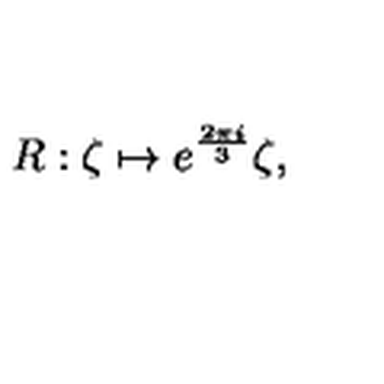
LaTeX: R : \zeta \mapsto e ^ { \frac { 2 \pi i } { 3 } } \zeta ,